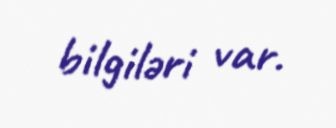
bilgiləri var.